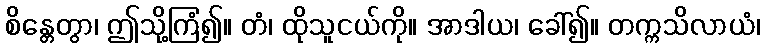
စိန္တေတွာ၊ ဤသို့ကြံ၍။ တံ၊ ထိုသူငယ်ကို။ အာဒါယ၊ ခေါ်၍။ တက္ကသိလာယံ၊